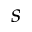
s